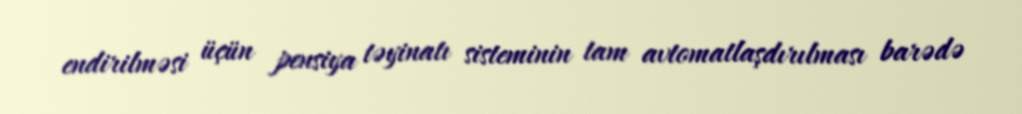
endirilməsi üçün pensiya təyinatı sisteminin tam avtomatlaşdırılması barədə